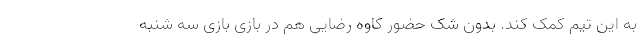
به این تیم کمک کند. بدون شک حضور کاوه رضایی هم در بازی بازی سه شنبه